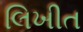
લિખીત